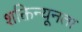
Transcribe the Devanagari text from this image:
शक्तिन्यूनता